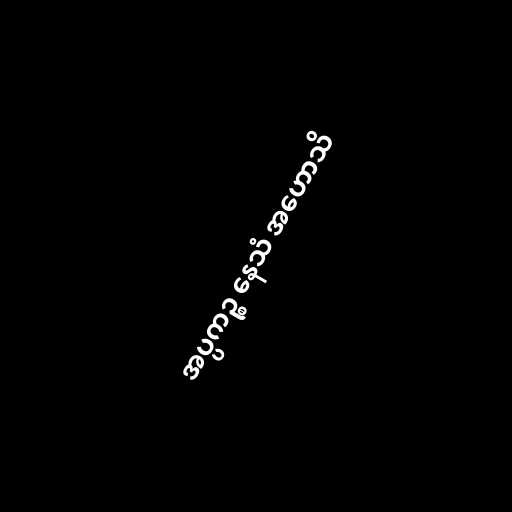
အပ္ပကဉ္စ နေသံ အဟောသိ